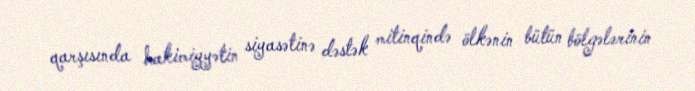
qarşısında hakimiyyətin siyasətinə dəstək mitinqində ölkənin bütün bölgələrinin